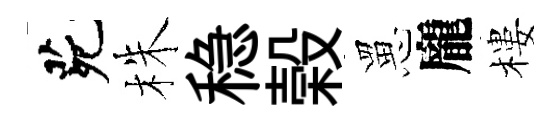
茕株稳榖罳龐樓